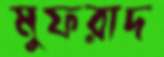
মুফরাদ